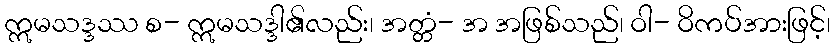
ဣမသဒ္ဒဿ စ- ဣမသဒ္ဒါ၏လည်း၊ အတ္တံ- အ အဖြစ်သည်၊ ဝါ- ဝိကပ်အားဖြင့်၊